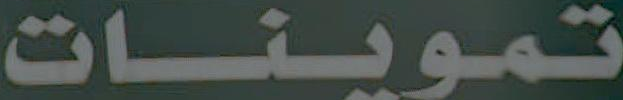
تموينات